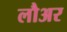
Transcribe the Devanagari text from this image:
लौअर